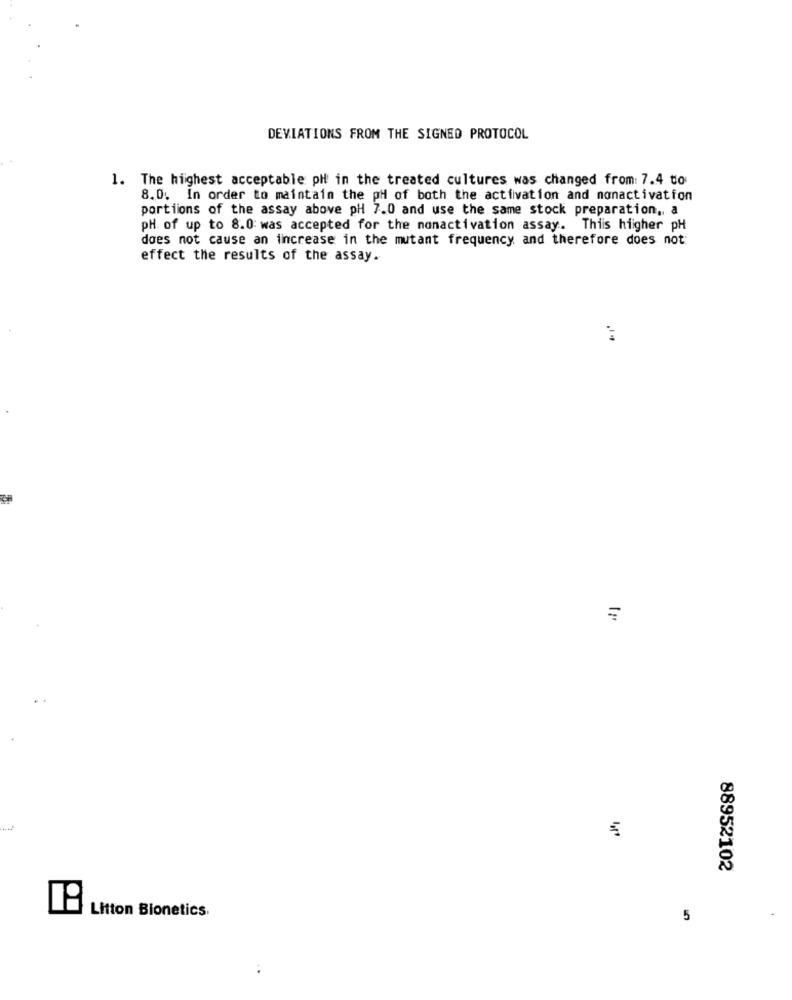
DEVIATIONS FROM THE SIGNED PROTOCOL
1. The highest acceptable pil in the treated cultures was changed from: 7.4 to
8.0. In order to maintain the pH of both the activation and nonactivation
portiions of the assay above pH 7.0 and use the same stock preparation ,, a
pH. of up to 8.0: was accepted for the nonactivation assay. Thiis higher pH
does not cause an increase in the mutant frequency and therefore does not:
effect the results of the assay.
=
88952102
Litton Bionetics.
5
: